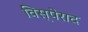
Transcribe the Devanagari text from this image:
विस्पेराद